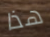
هذا